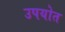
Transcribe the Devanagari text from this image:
उपयोत